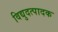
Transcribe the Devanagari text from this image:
विद्युदत्पादक